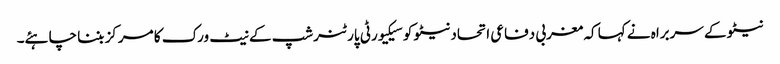
نیٹو کے سربراہ نے کہا کہ مغربی دفاعی اتحاد نیٹو کو سیکیورٹی پارٹنرشپ کے نیٹ ورک کا مرکز بننا چاہئے۔